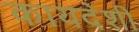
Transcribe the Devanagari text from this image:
कायदेशी